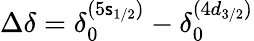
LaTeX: \Delta\delta=\delta_{0}^{(5\mathsf{s}_{1/2})}-\delta_{0}^{(4d_{3/2})}